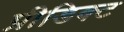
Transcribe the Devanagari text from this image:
प्रीडिक्ट